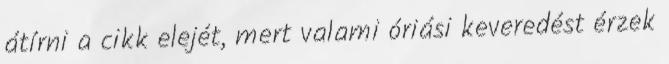
átírni a cikk elejét, mert valami óriási keveredést érzek